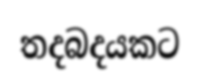
තදබදයකට